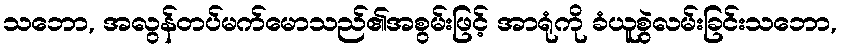
သဘော, အလွန်တပ်မက်မောသည်၏အစွမ်းဖြင့် အာရုံကို ခံယူစွဲလမ်းခြင်းသဘော,